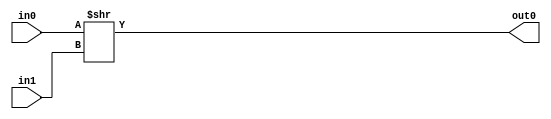
module shift_right (input wire [7:0]in0,
				input wire [7:0]in1,
				output wire [7:0]out0);
assign out0 = in0 >> in1;
endmodule